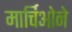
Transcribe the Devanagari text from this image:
मार्चिओने